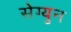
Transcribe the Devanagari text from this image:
सेग्युन